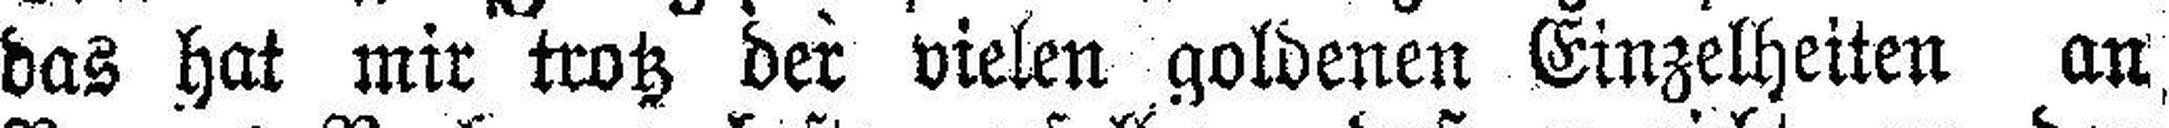
das hat mir trotz der vielen goldenen Einzelheiten an